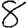
Digit: 8